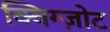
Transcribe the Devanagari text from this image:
क्विग्ज़ोट